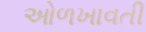
ઓળખાવતી